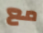
مع